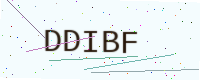
Text: DDIBF